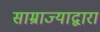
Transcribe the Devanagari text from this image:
साम्राज्याद्वारा